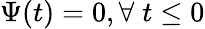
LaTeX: \Psi(t)=0,\forall\; t\leq 0